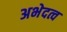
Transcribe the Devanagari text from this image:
अभेदत्व